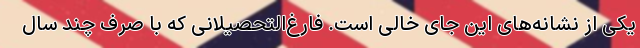
یکی از نشانه‌های این جای خالی است. فارغ‌التحصیلانی که با صرف چند سال